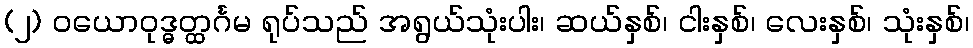
(၂) ဝယောဝုဒ္ဓတ္ထင်္ဂမ ရုပ်သည် အရွယ်သုံးပါး၊ ဆယ်နှစ်၊ ငါးနှစ်၊ လေးနှစ်၊ သုံးနှစ်၊